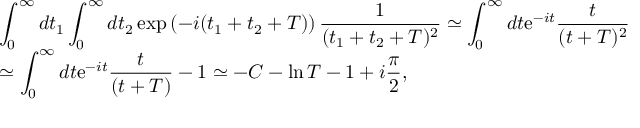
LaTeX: \begin{array} { l l } { { \displaystyle { \int _ { 0 } ^ { \infty } d t _ { 1 } \int _ { 0 } ^ { \infty } d t _ { 2 } \exp \left( - i ( t _ { 1 } + t _ { 2 } + T ) \right) \frac { 1 } { ( t _ { 1 } + t _ { 2 } + T ) ^ { 2 } } \simeq \int _ { 0 } ^ { \infty } d t \mathrm { e } ^ { - i t } \frac { t } { ( t + T ) ^ { 2 } } } } } \\ { { \displaystyle { \simeq \int _ { 0 } ^ { \infty } d t \mathrm { e } ^ { - i t } \frac { t } { ( t + T ) } - 1 \simeq - C - \ln T - 1 + i \frac { \pi } { 2 } } , } } \end{array}